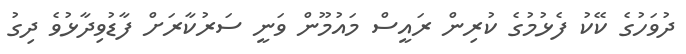
ދުވަހުގެ ކޭކު ފެޅުމުގެ ކުރިން ރައީސް މައުމޫން ވަނީ ސަރުކާރަށް ފާޑުވިދާޅުވެ ދިގު